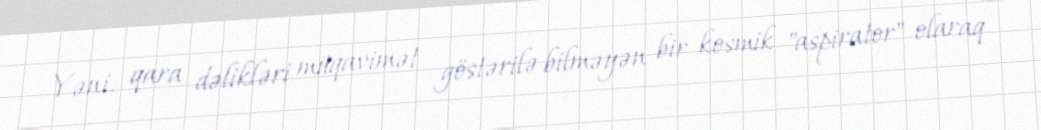
Yəni, qara dəlikləri müqavimət göstərilə bilməyən bir kosmik "aspirator" olaraq